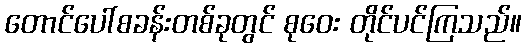
တောင်ပေါ်စခန်းတစ်ခုတွင် စုဝေး တိုင်ပင်ကြသည်။